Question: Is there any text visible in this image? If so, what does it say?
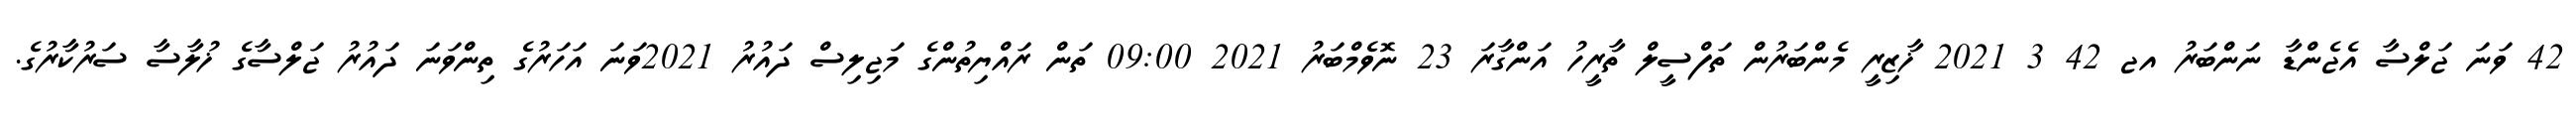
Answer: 42 ވަނަ ޖަލްސާ އެޖެންޑާ ނަންބަރު އޖ 42 3 2021 ޚާޒިރީ މެންބަރުން ތަފްސީލް ތާރީހު އަންގާރަ 23 ނޮވެމްބަރު 2021 09:00 ތަން ރައްޔިތުންގެ މަޖިލިސް ދައުރު 2021ވަނަ އަހަރުގެ ތިންވަނަ ދައުރު ޖަލްސާގެ ޚުލާސާ ސަރުކާރުގެ.